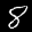
Label: 8